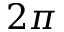
2 \pi